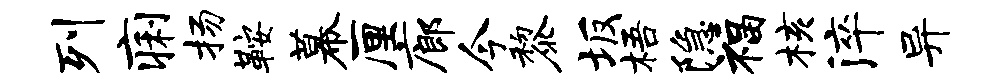
列痢扬鞍幕厘廊今黎坂梧隐福核淬异